38_143685_box7_Incident_Summaries_1-100
Agency: Department of War
Page 129
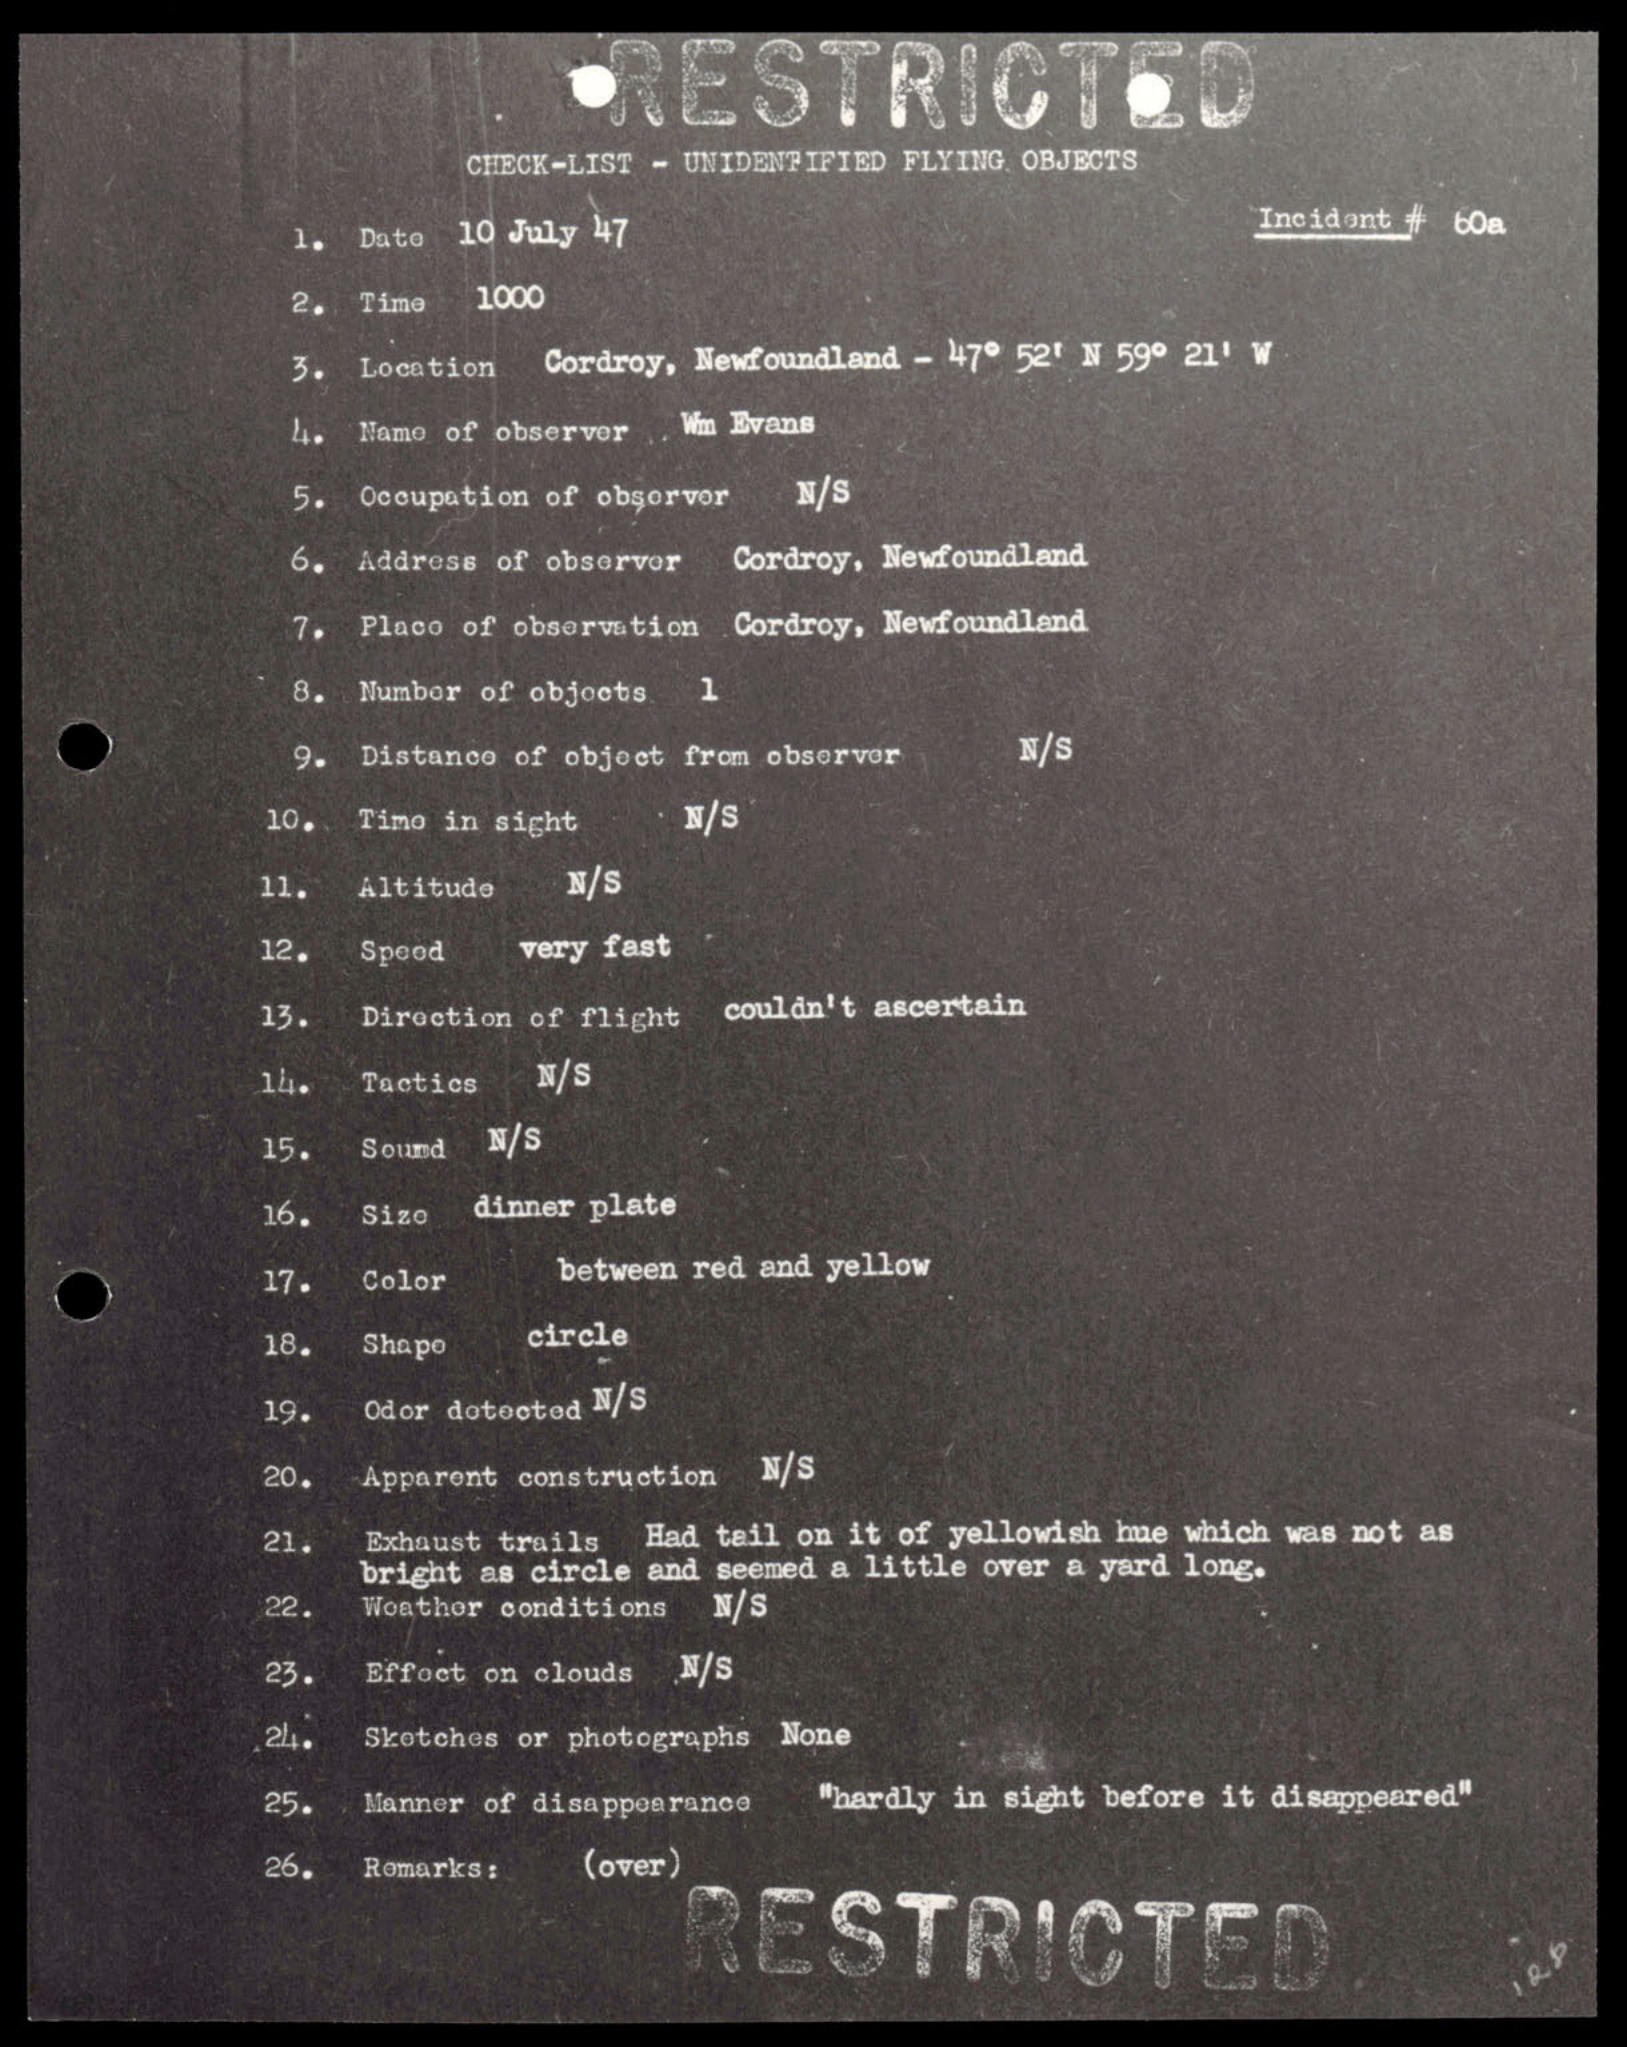